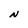
Character: N